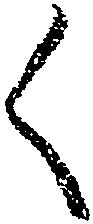
く